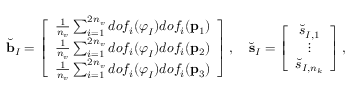
\breve { \mathbf { b } } _ { I } = \left[ \begin{array} { c } { \frac { 1 } { n _ { v } } \sum _ { i = 1 } ^ { 2 n _ { v } } d o f _ { i } ( \boldsymbol { \varphi } _ { I } ) d o f _ { i } ( \mathbf { p } _ { 1 } ) } \\ { \frac { 1 } { n _ { v } } \sum _ { i = 1 } ^ { 2 n _ { v } } d o f _ { i } ( \boldsymbol { \varphi } _ { I } ) d o f _ { i } ( \mathbf { p } _ { 2 } ) } \\ { \frac { 1 } { n _ { v } } \sum _ { i = 1 } ^ { 2 n _ { v } } d o f _ { i } ( \boldsymbol { \varphi } _ { I } ) d o f _ { i } ( \mathbf { p } _ { 3 } ) } \end{array} \right] , \quad \breve { \mathbf { s } } _ { I } = \left[ \begin{array} { c } { \breve { s } _ { I , 1 } } \\ { \vdots } \\ { \breve { s } _ { I , n _ { k } } } \end{array} \right] ,